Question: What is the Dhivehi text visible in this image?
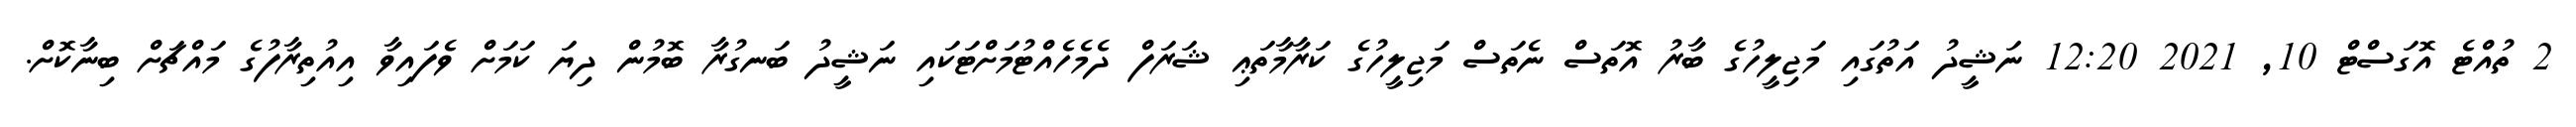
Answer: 2 ތުއްޓެ އޮގަސްޓް 10, 2021 12:20 ނަޝީދު އަތުގައި މަޖިލީހުގެ ބާރު އޮތަސް ނެތަސް މަޖިލީހުގެ ކަރާމާތަޢި ޝަރަފް ދެމެހެއްޓުމަށްޓަކައި ނަޝީދު ބަނގުރާ ބޮމުން ދިޔަ ކަމަށް ވެފައިވާ އިއުތިރާފުގެ މައްޗަށް ބިނާކޮށް.